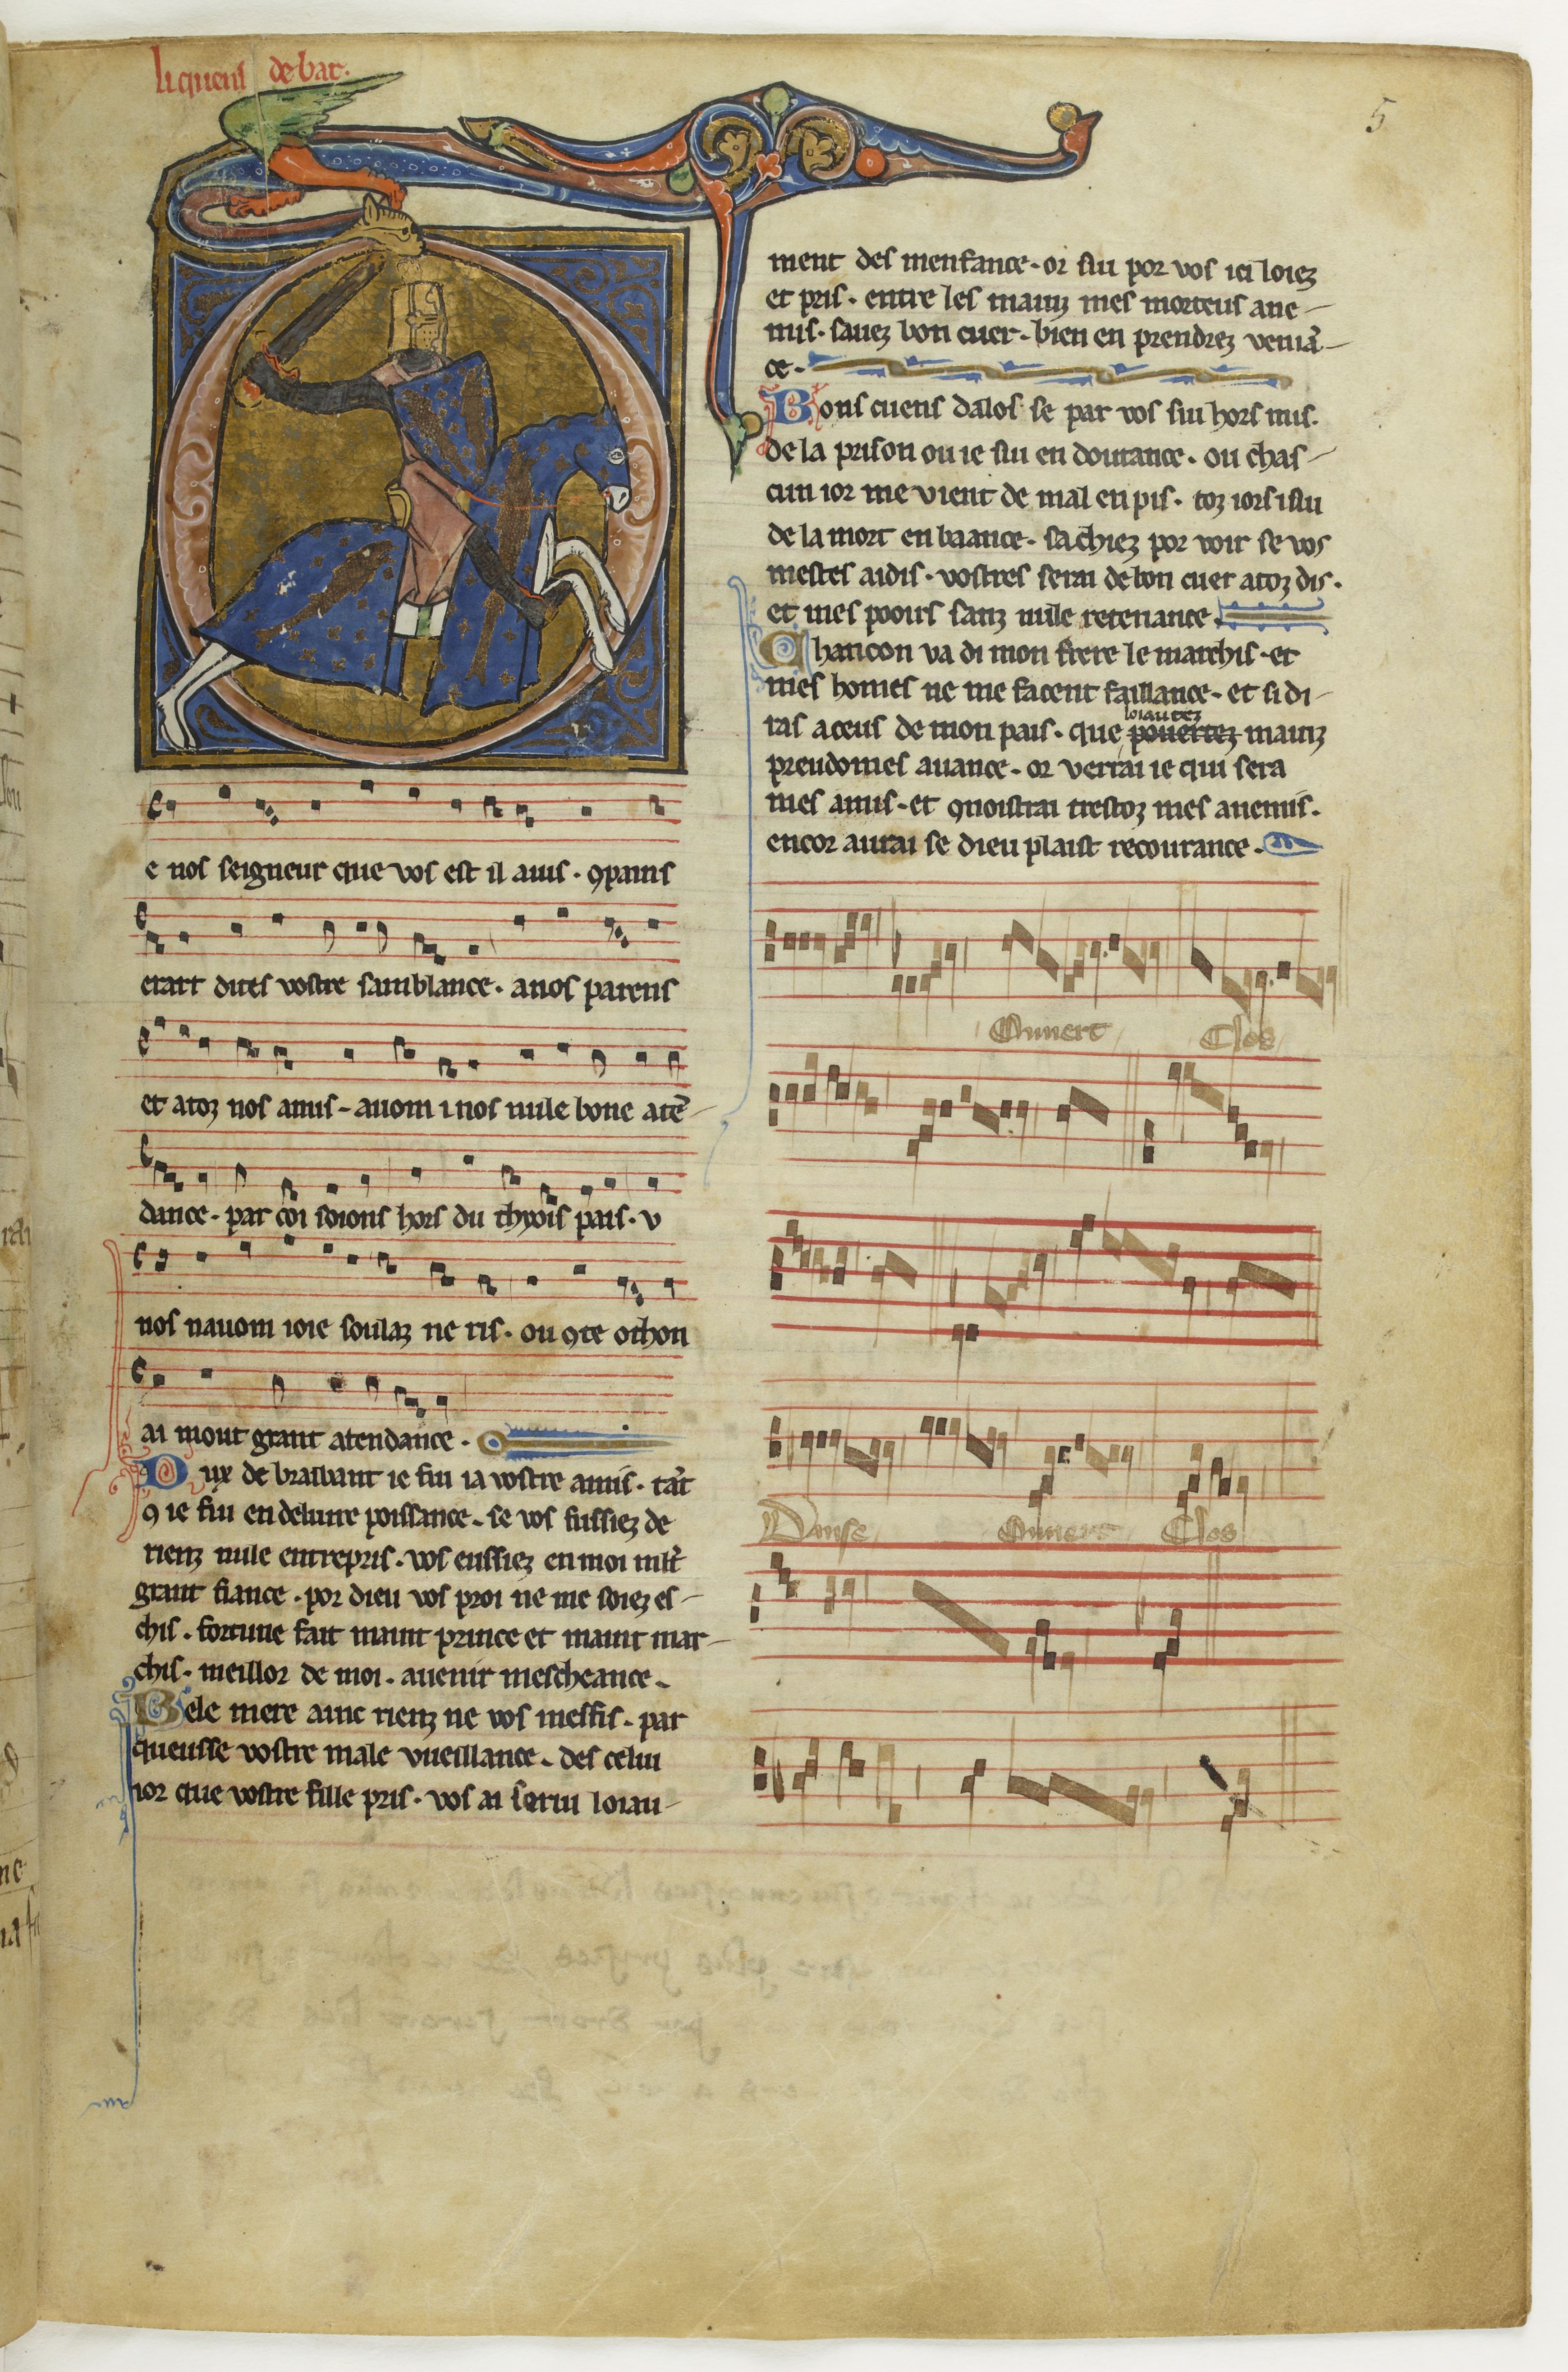
Shelfmark: Paris, BnF, fr. 844
Century: 13